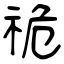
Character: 祪